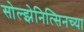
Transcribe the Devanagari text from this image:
सोल्झेनित्सिनच्या